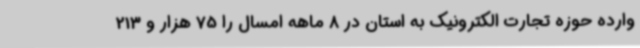
وارده حوزه تجارت الکترونیک به استان در 8 ماهه امسال را 75 هزار و 213